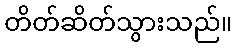
တိတ်ဆိတ်သွားသည်။